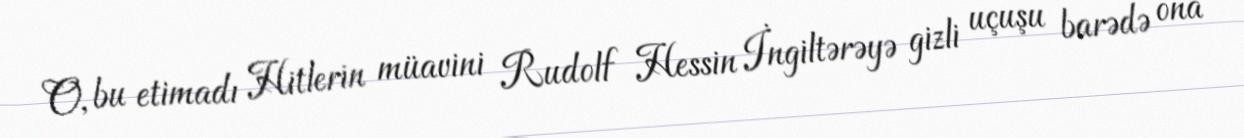
O, bu etimadı Hitlerin müavini Rudolf Hessin İngiltərəyə gizli uçuşu barədə ona